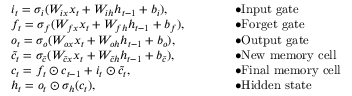
\begin{array} { r l r l } & { i _ { t } = \sigma _ { i } ( W _ { i x } x _ { t } + W _ { i h } h _ { t - 1 } + b _ { i } ) , } & & { \bullet \mathrm { I n p u t ~ g a t e } } \\ & { f _ { t } = \sigma _ { f } ( W _ { f x } x _ { t } + W _ { f h } h _ { t - 1 } + b _ { f } ) , \qquad } & & { \bullet \mathrm { F o r g e t ~ g a t e } } \\ & { o _ { t } = \sigma _ { o } ( W _ { o x } x _ { t } + W _ { o h } h _ { t - 1 } + b _ { o } ) , } & & { \bullet \mathrm { O u t p u t ~ g a t e } } \\ & { \tilde { c } _ { t } = \sigma _ { \tilde { c } } ( W _ { \tilde { c } x } x _ { t } + W _ { \tilde { c } h } h _ { t - 1 } + b _ { \tilde { c } } ) , } & & { \bullet \mathrm { N e w ~ m e m o r y ~ c e l l } } \\ & { c _ { t } = f _ { t } \odot c _ { t - 1 } + i _ { t } \odot \tilde { c } _ { t } , } & & { \bullet \mathrm { F i n a l ~ m e m o r y ~ c e l l } } \\ & { h _ { t } = o _ { t } \odot \sigma _ { h } ( c _ { t } ) , } & & { \bullet \mathrm { H i d d e n ~ s t a t e } } \end{array}